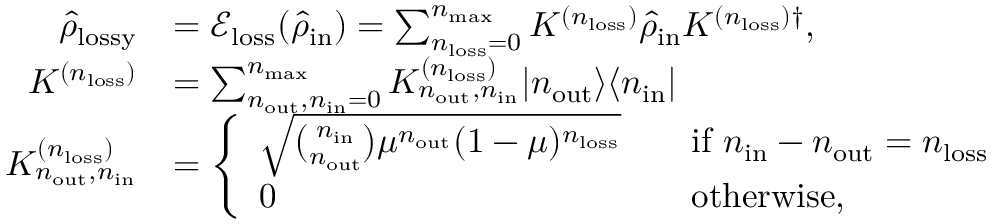
\begin{array} { r l } { \hat { \rho } _ { \mathrm { l o s s y } } } & { = \mathscr { E } _ { \mathrm { l o s s } } ( \hat { \rho } _ { \mathrm { i n } } ) = \sum _ { n _ { \mathrm { l o s s } } = 0 } ^ { n _ { \mathrm { m a x } } } K ^ { ( n _ { \mathrm { l o s s } } ) } \hat { \rho } _ { \mathrm { i n } } K ^ { ( n _ { \mathrm { l o s s } } ) \dag } , } \\ { K ^ { ( n _ { \mathrm { l o s s } } ) } } & { = \sum _ { n _ { \mathrm { o u t } } , n _ { \mathrm { i n } } = 0 } ^ { n _ { \mathrm { m a x } } } K _ { n _ { \mathrm { o u t } } , n _ { \mathrm { i n } } } ^ { ( n _ { \mathrm { l o s s } } ) } \vert n _ { \mathrm { o u t } } \rangle \langle n _ { \mathrm { i n } } \vert } \\ { K _ { n _ { \mathrm { o u t } } , n _ { \mathrm { i n } } } ^ { ( n _ { \mathrm { l o s s } } ) } } & { = \left\{ \begin{array} { l l } { \sqrt { \binom { n _ { \mathrm { i n } } } { n _ { \mathrm { o u t } } } \mu ^ { n _ { \mathrm { o u t } } } ( 1 - \mu ) ^ { n _ { \mathrm { l o s s } } } } } & { \quad \mathrm { i f ~ } n _ { \mathrm { i n } } - n _ { \mathrm { o u t } } = n _ { \mathrm { l o s s } } } \\ { 0 } & { \quad \mathrm { o t h e r w i s e } , } \end{array} \right. } \end{array}